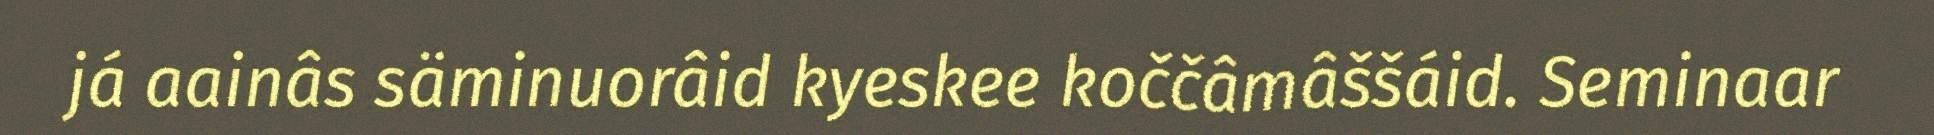
já aainâs säminuorâid kyeskee koččâmâššáid. Seminaar